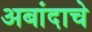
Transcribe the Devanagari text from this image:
अबांदाचे